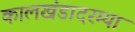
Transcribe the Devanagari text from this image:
कालखंडादरम्या